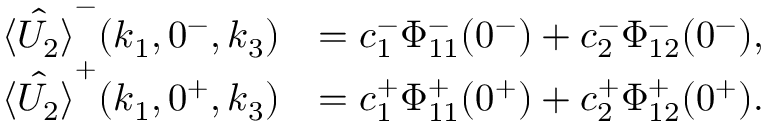
\begin{array} { r l } { \hat { \langle U _ { 2 } \rangle } ^ { - } ( k _ { 1 } , 0 ^ { - } , k _ { 3 } ) } & { = c _ { 1 } ^ { - } \Phi _ { 1 1 } ^ { - } ( 0 ^ { - } ) + c _ { 2 } ^ { - } \Phi _ { 1 2 } ^ { - } ( 0 ^ { - } ) , } \\ { \hat { \langle U _ { 2 } \rangle } ^ { + } ( k _ { 1 } , 0 ^ { + } , k _ { 3 } ) } & { = c _ { 1 } ^ { + } \Phi _ { 1 1 } ^ { + } ( 0 ^ { + } ) + c _ { 2 } ^ { + } \Phi _ { 1 2 } ^ { + } ( 0 ^ { + } ) . } \end{array}